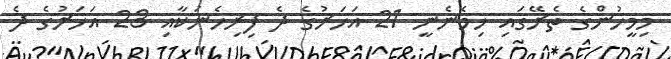
މިމީހުންގެ ތެރޭގައި ހިމެނެނީ 21 އަހަރުގެ ދެ ފިރިހެނަކާއި 23 އަހަރުގެ ދެ